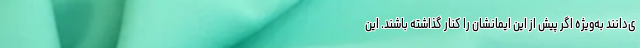
ی‌دانند به‌ویژه اگر پیش‌ از این ایمانشان را کنار گذاشته باشند. این